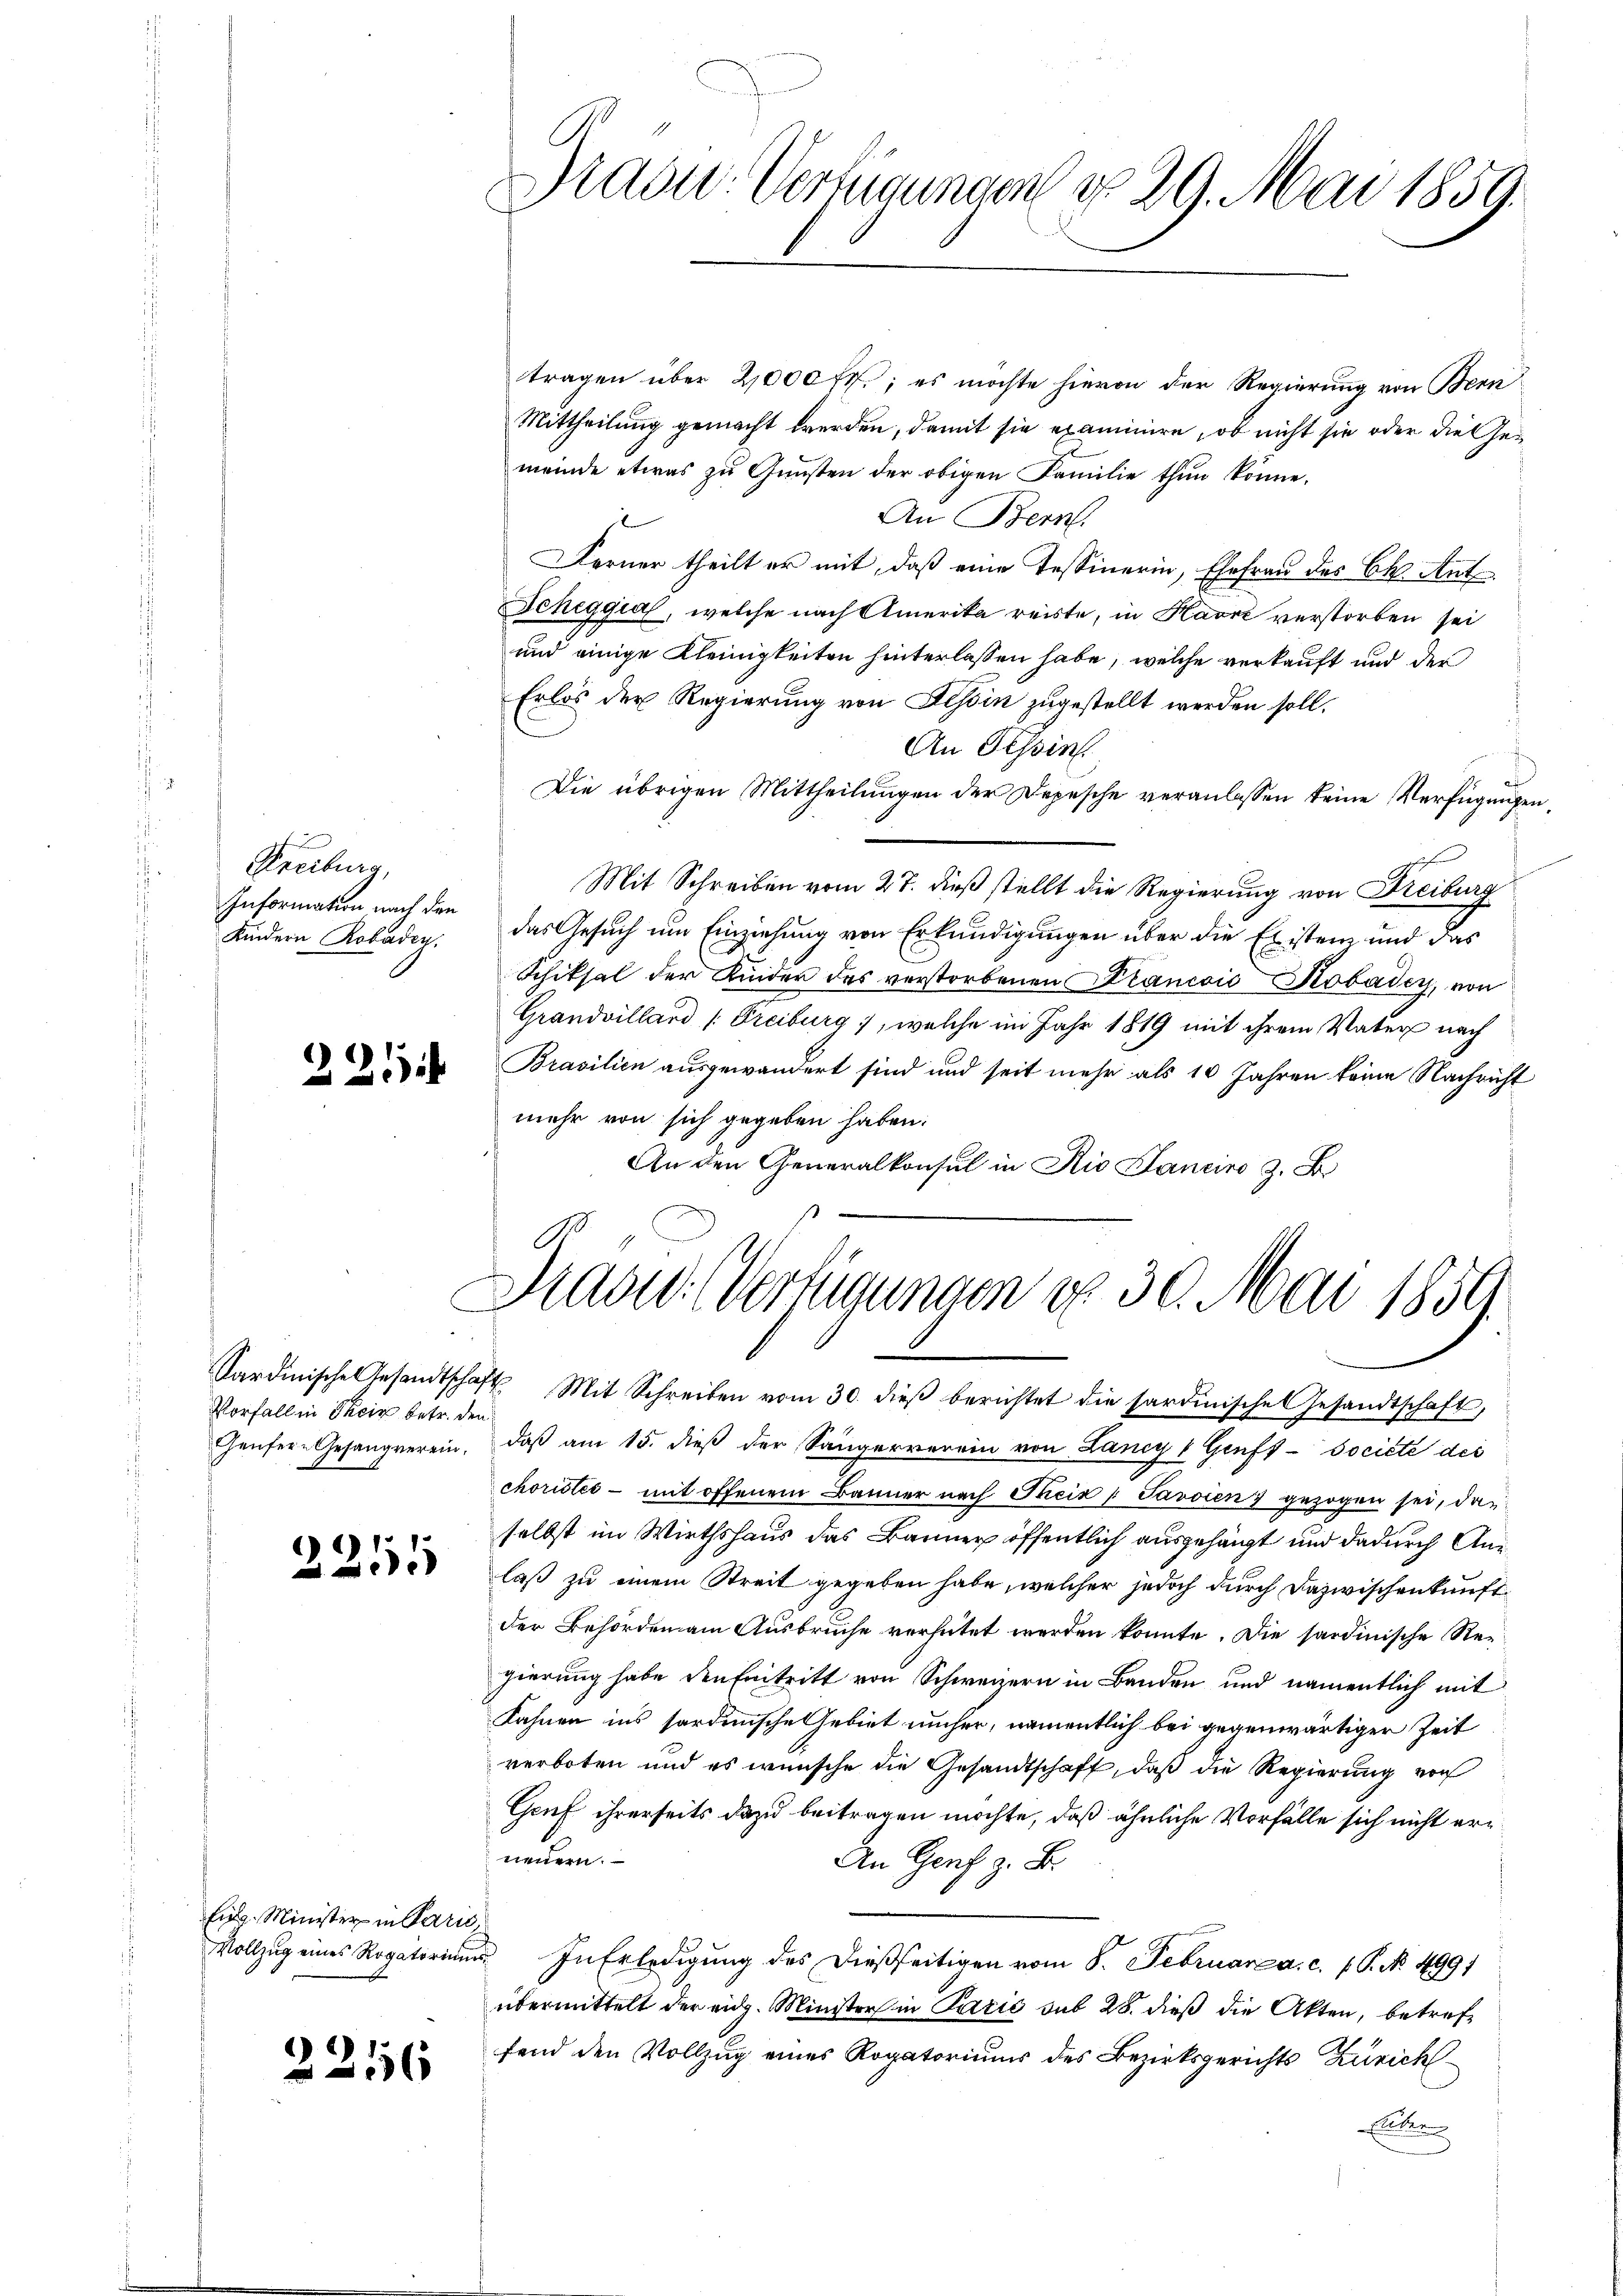
Freiburg,
Information nach den
Kindern Robaden.

.

c

2

Vorfall in Phoir betr. den

251

Eidg. Minister in Paris,
Vollzug eines Rogatorium

2216

Pradt-Verfügungen No 29. Mai 1859.

tragen über 2,000 ff.; es möchte hievon der Regierung von Bern
Mittheilung gemacht werden, damit sie examinire, ob nicht sie oder die Gemeinde etwas zu Gunsten der obigen Familie thun könne.
An Bern.
Ferner theilt er mit, daß eine Tessinerin, Ehefrau des C. Ant
Scheggia, welche nach Amerika reiste, in Havre verstorben sei
und einige Kleinigkeiten hinterlassen habe, welche verkauft und der
Erlös der Regierung von Aessin zugestellt werden soll.
An Tessin
A
Die übrigen Mittheilungen der Depesche veranlassen keine Verfügungen,
Mit Schreiben vom 27. dieß stellt die Regierung von Freiburg
das Gesuch um Einziehung von Erkundigungen über die Existen und das
Schiksal der Kinder des verstorbenen KrancoićKobadey, von
Grandvillard (Freiburg, welche im Jahr 1819 mit ihrem Vater nach
Brasilien ausgewandert sind und seit mehr als 10 Jahren keine Nachricht
mehr von sich gegeben haben.
An den Generalkonsul in Rio Janeiro z. B.

Das Verfügungen d. 30. Mai 1859

Kardinische Gesandtschaft Mit Schreiben vom 30. dieβ berichtet die sardinische Gesandtschaft,
heŭfer-Gesangverein, daβ am 15. dieβ der Sängerverein von Lancy & Gruft-société des
choristes - mit offenem Banner nach Theil " Javoien) gezogen sei, das
selbst im Wirthshaus des Banner öffentlich ausgehängt und dadurch Anlaß zu einem Streit gegeben habe, welcher jedoch durch Dazwischenkunft
der Behörden am Ausbruche verhütet werden konnte. Die sardinische Regierung habe den Entritt von Schweizern in Banden und namentlich mit
Kahnen ins sordinische Gebiet umher, namentlich bei gegenwärtiger Zeit
verboten und es wünsche die Gesandtschaft, daß die Regierung von
Gruf ihrerseits dazu beitragen möchte, daß ähnliche Vorfälle sich nicht erneuern.
An Genf z. B.
un. In Erledigung des dießseitigen vom 8. Februarz a. c. f. P. No. 4991
übermittelt der eidg. Minister in Pazić sub 28. dieß die Akten, betreffend den Vollzug eines Rogatoriums des Bezirksgerichts Zürich
Elter